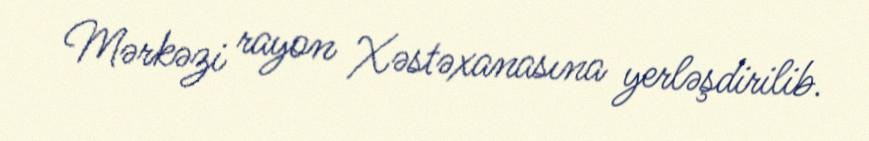
Mərkəzi rayon Xəstəxanasına yerləşdirilib.